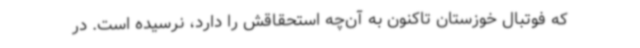
که فوتبال خوزستان تاکنون به آن‌چه استحقاقش را دارد، نرسیده است. در